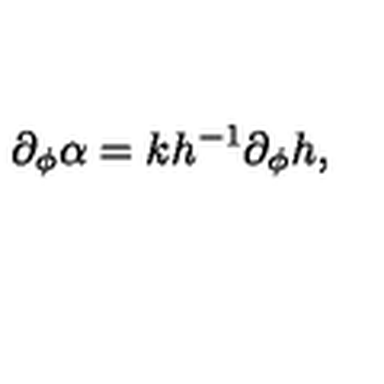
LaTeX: \partial _ { \phi } \alpha = k h ^ { - 1 } \partial _ { \phi } h ,